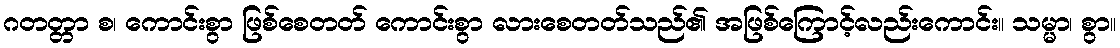
ဂတတ္တာ စ၊ ကောင်းစွာ ဖြစ်စေတတ် ကောင်းစွာ လားစေတတ်သည်၏ အဖြစ်ကြောင့်လည်းကောင်း။ သမ္မာ၊ စွာ။